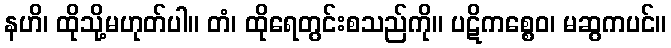
နဟိ၊ ထိုသို့မဟုတ်ပါ။ တံ၊ ထိုရေတွင်းစသည်ကို။ ပဋိကစ္စေဝ၊ မဆွကပင်။